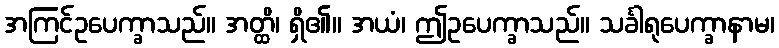
အကြင်ဥပေက္ခာသည်။ အတ္ထိ၊ ရှိ၏။ အယံ၊ ဤဥပေက္ခာသည်။ သင်္ခါရုပေက္ခာနာမ၊